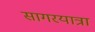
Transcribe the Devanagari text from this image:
सागरयात्रा